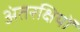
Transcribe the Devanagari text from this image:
अंतरक्षियों